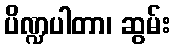
ပိဏ္ဍပါတာ၊ ဆွမ်း